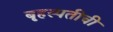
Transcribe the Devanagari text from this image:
बृहस्पतीची